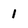
Character: 1